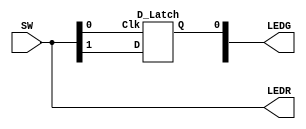
module lab3_2 (input [1:0] SW, output [1:0] LEDR, LEDG);

  assign LEDR = SW;
  
  wire Q;

  D_Latch D0 (SW[0], SW[1], LEDG[0]);
  
endmodule

module D_Latch (input Clk, D, output Q);
  wire S, R;
  wire R_g, S_g, Qa, Qb /* synthesis keep */ ;
  
  assign S = D;
  assign R = ~D;
  assign R_g = R & Clk;
  assign S_g = S & Clk;
  assign Qa = ~(R_g | Qb);
  assign Qb = ~(S_g | Qa);
  assign Q = Qa;
endmodule